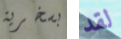
بسخرية لقد